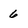
Character: 6